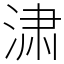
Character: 㴋